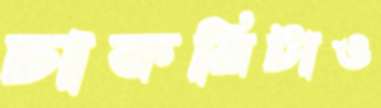
চাকরিটাও